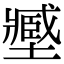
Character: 𡒉